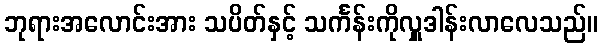
ဘုရားအလောင်းအား သပိတ်နှင့် သင်္ကန်းကိုလှူဒါန်းလာလေသည်။